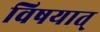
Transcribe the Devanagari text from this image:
विषयात्